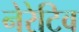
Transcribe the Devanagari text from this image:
नेरेटिव